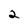
Character: 2